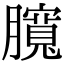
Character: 臗